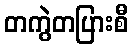
တကွဲတပြားစီ